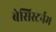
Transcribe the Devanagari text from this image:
बेसिस्टर्नम